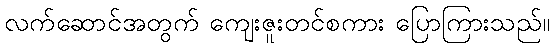
လက်ဆောင်အတွက် ကျေးဇူးတင်စကား ပြောကြားသည်။